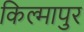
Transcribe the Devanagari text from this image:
किल्मापुर